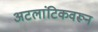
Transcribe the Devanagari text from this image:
अटलांटिकवरून